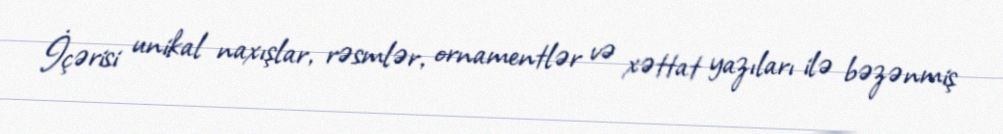
İçərisi unikal naxışlar, rəsmlər, ornamentlər və xəttat yazıları ilə bəzənmiş